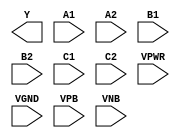
module sky130_fd_sc_ms__a222oi (
    Y   ,
    A1  ,
    A2  ,
    B1  ,
    B2  ,
    C1  ,
    C2  ,
    VPWR,
    VGND,
    VPB ,
    VNB
);

    output Y   ;
    input  A1  ;
    input  A2  ;
    input  B1  ;
    input  B2  ;
    input  C1  ;
    input  C2  ;
    input  VPWR;
    input  VGND;
    input  VPB ;
    input  VNB ;
endmodule